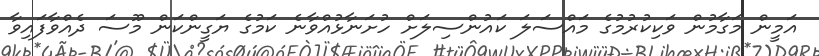
އަމީން މަގާމުން ވަކިކުރުމުގެ މައްސަލަ ކައުންސިލަށް ހުށަނާޅުއްވާނެ ކަމުގެ ޔަގީންކަން މޫސަ ދެއްވާފައިވާ